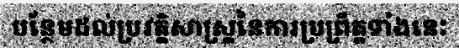
បន្ថែមដល់ប្រវត្តិសាស្ត្រនៃការប្រព្រឹត្តទាំងនេះ